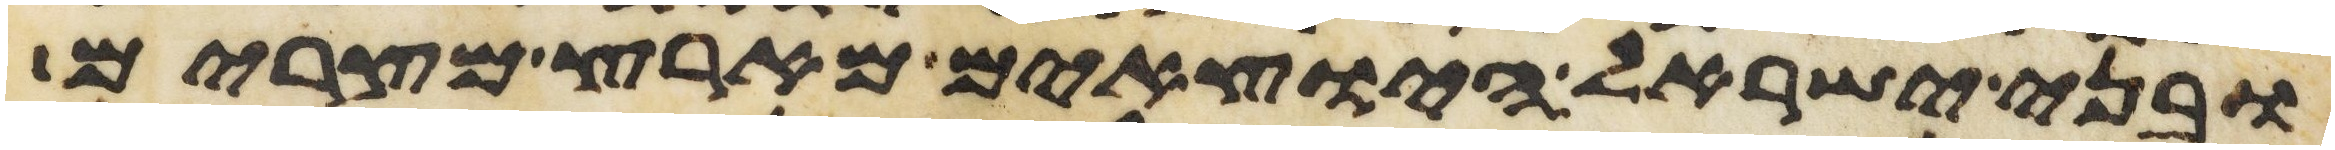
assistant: ובני ישראל היוצאים מארץ מצרים